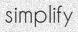
simplify